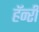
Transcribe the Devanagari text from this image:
हॅन्‍री